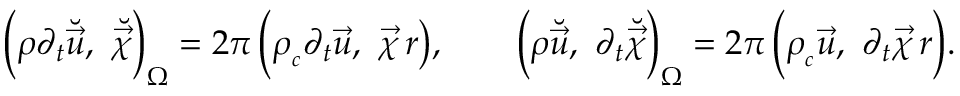
\Bigl ( \rho \partial _ { t } \breve { \vec { u } } , ~ \breve { \vec { \chi } } \Bigr ) _ { \Omega } = 2 \pi \, \Bigl ( \rho _ { _ c } \partial _ { t } \vec { u } , ~ \vec { \chi } \, r \bigr ) , \qquad \Bigl ( \rho \breve { \vec { u } } , ~ \partial _ { t } \breve { \vec { \chi } } \Bigr ) _ { \Omega } = 2 \pi \, \Bigl ( \rho _ { _ c } \vec { u } , ~ \partial _ { t } \vec { \chi } \, r \Bigr ) .